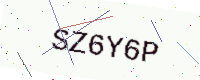
Text: SZ6Y6P